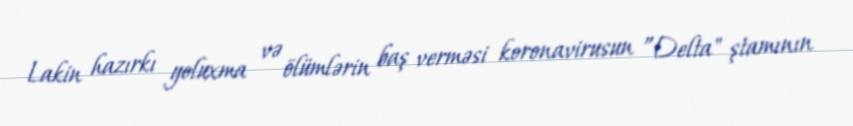
Lakin hazırkı yoluxma və ölümlərin baş verməsi koronavirusun ”Delta" ştamının